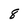
Character: 8